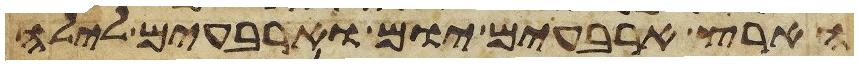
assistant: הארץ ארבעים יום וארבעים לילה